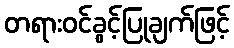
တရားဝင်ခွင့်ပြုချက်ဖြင့်